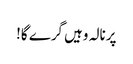
پرنالہ وہیں گرے گا!